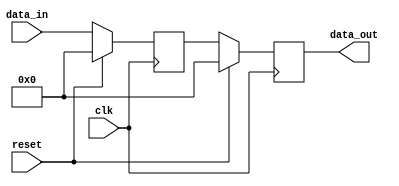
module synchronous_reset (
    input wire clk,          // Clock input
    input wire reset,        // Reset input (active high)
    input wire [7:0] data_in, // Example input data
    output reg [7:0] data_out // Example output data
);

// Internal state register
reg [7:0] state;

// Synchronous reset behavior
always @(posedge clk) begin
    if (reset) begin
        // Reset state
        state <= 8'b0; // Set to zero or a specific reset value
        data_out <= 8'b0; // Reset output to zero
    end else begin
        // Normal operation
        state <= data_in; // Update state with input data
        data_out <= state; // Output the current state
    end
end

endmodule